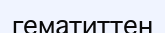
гематиттен